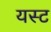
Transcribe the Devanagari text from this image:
यस्ट